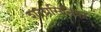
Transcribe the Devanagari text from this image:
शरग्रसिनिका